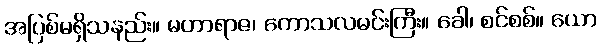
အပြစ်မရှိသနည်း။ မဟာရာဇ၊ ကောသလမင်းကြီး။ ခေါ၊ စင်စစ်။ ယော